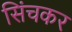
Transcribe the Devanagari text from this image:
सिंचकर